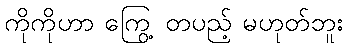
ကိုကိုဟာ ကြွေ့ တပည့် မဟုတ်ဘူး